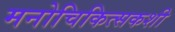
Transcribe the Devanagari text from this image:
मनोचिकित्सकशी